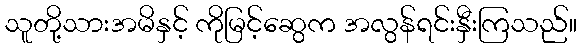
သူတို့သားအမိနှင့် ကိုမြင့်ဆွေက အလွန်ရင်းနှီးကြသည်။